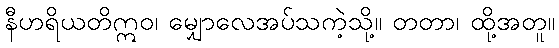
နီဟရိယတိဣဝ၊ မျှောလေအပ်သကဲ့သို့။ တတာ၊ ထို့အတူ။